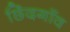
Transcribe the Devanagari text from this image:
छिंदगाँव